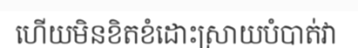
ហើយមិនខិតខំដោះស្រាយបំបាត់វា